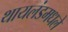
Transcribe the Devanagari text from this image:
थायलंडमधले